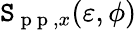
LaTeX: \mathtt{S}_{\mathrm{{~p~p~}},x}(\varepsilon,\phi)